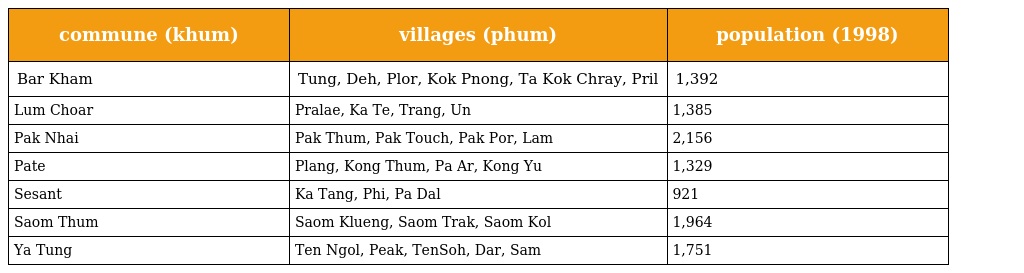
| commune (khum) | villages (phum) | population (1998) |
 | --- | --- | --- |
 | Bar Kham | Tung, Deh, Plor, Kok Pnong, Ta Kok Chray, Pril | 1,392 |
 | Lum Choar | Pralae, Ka Te, Trang, Un | 1,385 |
 | Pak Nhai | Pak Thum, Pak Touch, Pak Por, Lam | 2,156 |
 | Pate | Plang, Kong Thum, Pa Ar, Kong Yu | 1,329 |
 | Sesant | Ka Tang, Phi, Pa Dal | 921 |
 | Saom Thum | Saom Klueng, Saom Trak, Saom Kol | 1,964 |
 | Ya Tung | Ten Ngol, Peak, TenSoh, Dar, Sam | 1,751 |